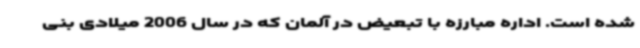
شده است. اداره مبارزه با تبعیض در آلمان که در سال 2006 میلادی بنی